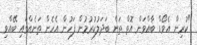
"ކުރިން އެވޯޑް ބާއްވަން އޮތް ތަން ބަދަލުކުރުމުން ފަހުން އެހެން ތަނެއްގައި ބޭއްވި